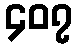
၄၀၇